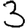
Digit: 3